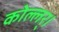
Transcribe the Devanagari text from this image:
कोल्लर्।